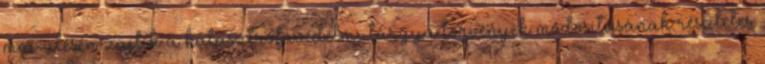
mai ülésén zajlik a katasztrófavédelmi tárgyú törvények módosításának részletes